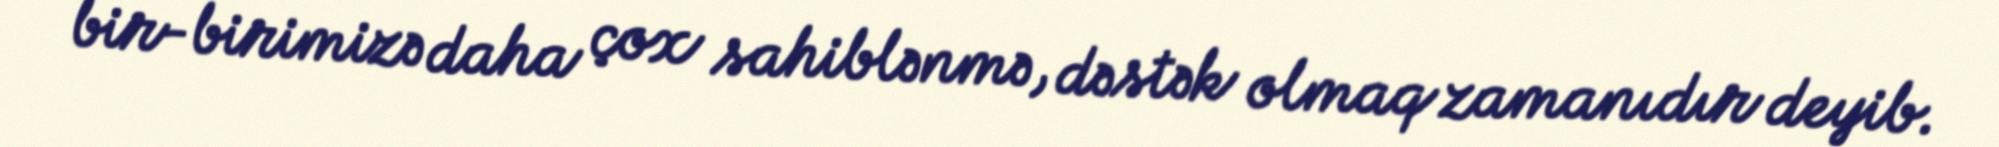
bir-birimizə daha çox sahiblənmə, dəstək olmaq zamanıdır deyib.